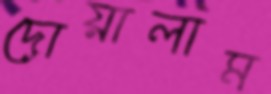
দোয়ালাম